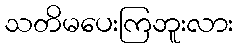
သတိမပေးကြဘူးလား